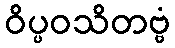
ဝိပ္ပဝသိတဗ္ဗံ